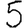
Digit: 5